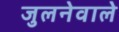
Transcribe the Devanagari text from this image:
जुलनेवाले